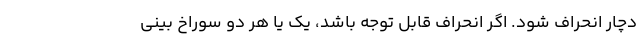
دچار انحراف شود. اگر انحراف قابل توجه باشد، یک یا هر دو سوراخ بینی